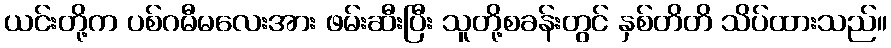
ယင်းတို့က ပစ်ဂမီမလေးအား ဖမ်းဆီးပြီး သူတို့စခန်းတွင် နှစ်တိတိ သိပ်ထားသည်။